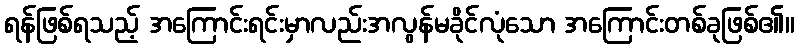
ရန်ဖြစ်ရသည့် အကြောင်းရင်းမှာလည်းအလွန်မခိုင်လုံသော အကြောင်းတစ်ခုဖြစ်၏။